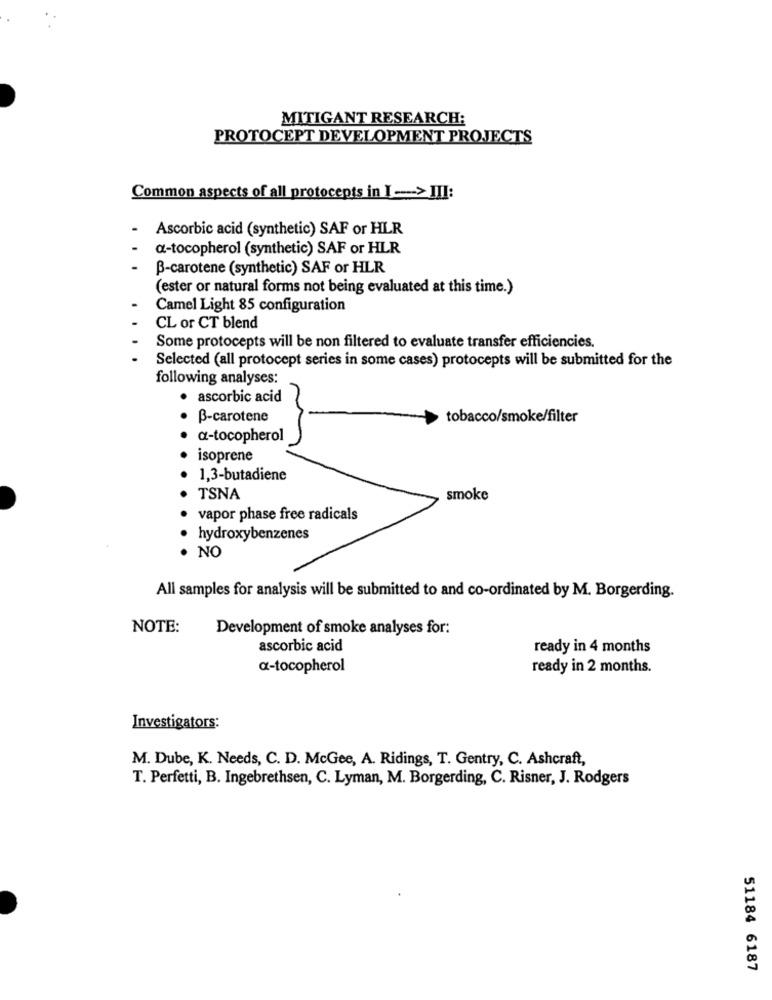
MITIGANT RESEARCH:
PROTOCEPT DEVELOPMENT PROJECTS
Common aspects of all protocepts in I -> III:
Ascorbic acid (synthetic) SAF or HLR
a-tocopherol (synthetic) SAF or HLR
B-carotene (synthetic) SAF or HLR
(ester or natural forms not being evaluated at this time.)
Camel Light 85 configuration
CL or CT blend
Some protocepts will be non filtered to evaluate transfer efficiencies.
Selected (all protocept series in some cases) protocepts will be submitted for the
following analyses:
· ascorbic acid
B-carotene
tobacco/smoke/filter
a-tocopherol
isoprene
1,3-butadiene
TSNA
smoke
vapor phase free radicals
hydroxybenzenes
NO
All samples for analysis will be submitted to and co-ordinated by M. Borgerding.
NOTE:
Development of smoke analyses for:
ascorbic acid
ready in 4 months
a-tocopherol
ready in 2 months.
Investigators:
M. Dube, K. Needs, C. D. McGee, A. Ridings, T. Gentry, C. Ashcraft,
T. Perfetti, B. Ingebrethsen, C. Lyman, M. Borgerding, C. Risner, J. Rodgers
51184 6187